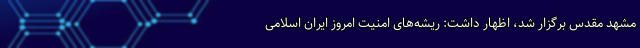
مشهد مقدس برگزار شد، اظهار داشت: ریشه‌های امنیت امروز ایران اسلامی